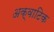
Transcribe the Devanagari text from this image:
अक्वाटिक